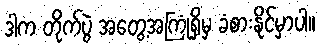
ဒါက တိုက်ပွဲ အတွေ့အကြုံရှိမှ ခံစားနိုင်မှာပါ။